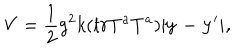
V = \frac { 1 } { 2 } g ^ { 2 } k ( t r T ^ { a } T ^ { a } ) | \bf y - { \bf y ^ { \prime } } | ,